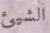
الشيئ